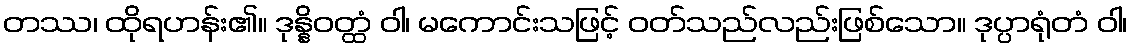
တဿ၊ ထိုရဟန်း၏။ ဒုန္နိဝတ္ထံ ဝါ၊ မကောင်းသဖြင့် ဝတ်သည်လည်းဖြစ်သော။ ဒုပ္ပာရုံတံ ဝါ၊